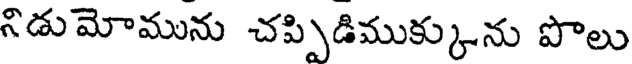
నిడు మోమును చప్పిడిముక్కును పొలు